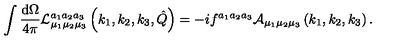
\int \frac { \mathrm { d } \Omega } { 4 \pi } { \cal L } _ { \mu _ { 1 } \mu _ { 2 } \mu _ { 3 } } ^ { a _ { 1 } a _ { 2 } a _ { 3 } } \left( k _ { 1 } , k _ { 2 } , k _ { 3 } , \hat { Q } \right) = - i f ^ { a _ { 1 } a _ { 2 } a _ { 3 } } { \cal A } _ { \mu _ { 1 } \mu _ { 2 } \mu _ { 3 } } \left( k _ { 1 } , k _ { 2 } , k _ { 3 } \right) .